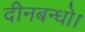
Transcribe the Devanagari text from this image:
दीनबन्धो।